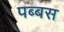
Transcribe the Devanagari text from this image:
पब्बस